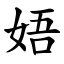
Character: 娪